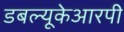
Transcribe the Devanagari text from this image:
डबल्यूकेआरपी